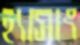
হ্যাসাং